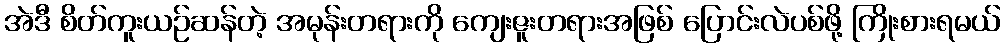
အဲဒီ စိတ်ကူးယဉ်ဆန်တဲ့ အမုန်းတရားကို ကျေးဇူးတရားအဖြစ် ပြောင်းလဲပစ်ဖို့ ကြိုးစားရမယ်